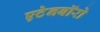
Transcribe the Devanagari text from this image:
एटेनबॉरो